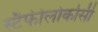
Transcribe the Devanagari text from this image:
स्टैफीलोकोसी